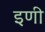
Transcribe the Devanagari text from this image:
इणी